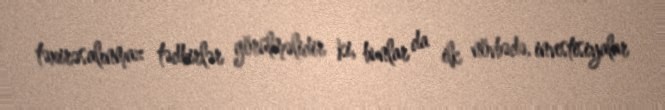
təxirəsalınmaz tədbirlər görülməlidir ki, bunlar da ilk növbədə, investisiyalar